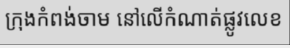
ក្រុងកំពង់ចាម នៅលើកំណាត់ផ្លូវលេខ